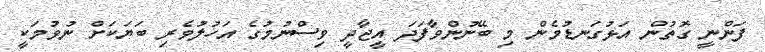
ފަންނީ ގޮތުން އަޅުގަނޑުމެން މި ބޭނުންވާފަދަ އީޖާދީ ވިސްނުމުގެ އަހުލުވެރި ބަޔަކަށް ނުވުމަކީ